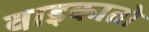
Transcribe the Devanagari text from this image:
वाइकातो